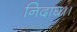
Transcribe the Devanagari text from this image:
निदाघ।।